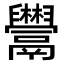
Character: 𩱬